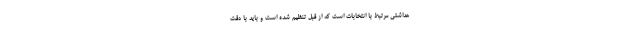
هداشتی مرتبط با انتخابات است که از قبل تنظیم شده است و باید با دقت